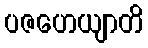
ပဇဟေယျာတိ